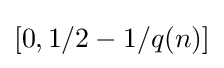
[0,1/2-1/q(n)]